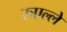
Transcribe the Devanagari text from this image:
रुएल्ले